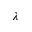
\lambda